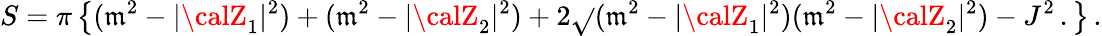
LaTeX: S=\pi\left\{ (\mathfrak{m}^{2}-|{\calZ}_{1}|^{2})+(\mathfrak{m}^{2}-|{\calZ}_{2}|^{2})+2\sqrt{}{{(\mathfrak{m}^{2}-|{\calZ}_{1}|^{2})(\mathfrak{m}^{2}-|{\calZ}_{2}|^{2})-J^{2}}}\, .\right\} \, .